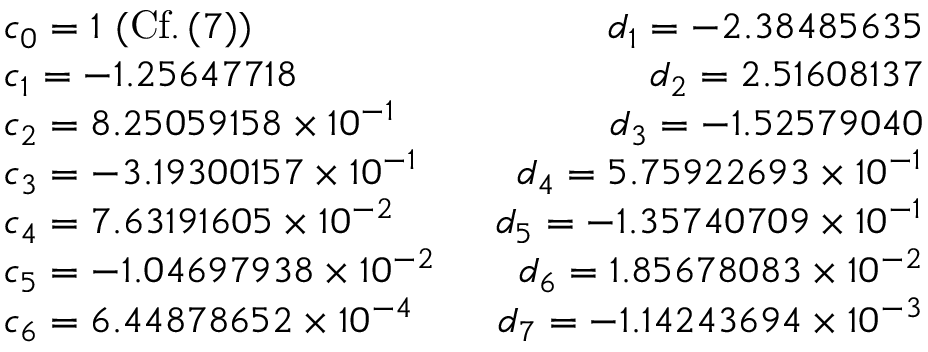
\begin{array} { r l r } & { c _ { 0 } = 1 \, \, ( \mathrm { C f . } \, ( 7 ) ) \, \, \, } & { d _ { 1 } = - 2 . 3 8 4 8 5 6 3 5 } \\ & { c _ { 1 } = - 1 . 2 5 6 4 7 7 1 8 \, \, \, } & { d _ { 2 } = 2 . 5 1 6 0 8 1 3 7 } \\ & { c _ { 2 } = 8 . 2 5 0 5 9 1 5 8 \times 1 0 ^ { - 1 } \, \, \, } & { d _ { 3 } = - 1 . 5 2 5 7 9 0 4 0 } \\ & { c _ { 3 } = - 3 . 1 9 3 0 0 1 5 7 \times 1 0 ^ { - 1 } \, \, \, } & { d _ { 4 } = 5 . 7 5 9 2 2 6 9 3 \times 1 0 ^ { - 1 } } \\ & { c _ { 4 } = 7 . 6 3 1 9 1 6 0 5 \times 1 0 ^ { - 2 } \, \, \, } & { d _ { 5 } = - 1 . 3 5 7 4 0 7 0 9 \times 1 0 ^ { - 1 } } \\ & { c _ { 5 } = - 1 . 0 4 6 9 7 9 3 8 \times 1 0 ^ { - 2 } \, \, \, } & { d _ { 6 } = 1 . 8 5 6 7 8 0 8 3 \times 1 0 ^ { - 2 } } \\ & { c _ { 6 } = 6 . 4 4 8 7 8 6 5 2 \times 1 0 ^ { - 4 } \, \, \, } & { d _ { 7 } = - 1 . 1 4 2 4 3 6 9 4 \times 1 0 ^ { - 3 } } \end{array}